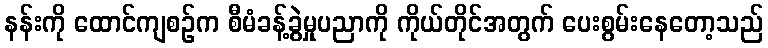
နန်းကို ထောင်ကျစဉ်က စီမံခန့်ခွဲမှုပညာကို ကိုယ်တိုင်အတွက် ပေးစွမ်းနေတော့သည်